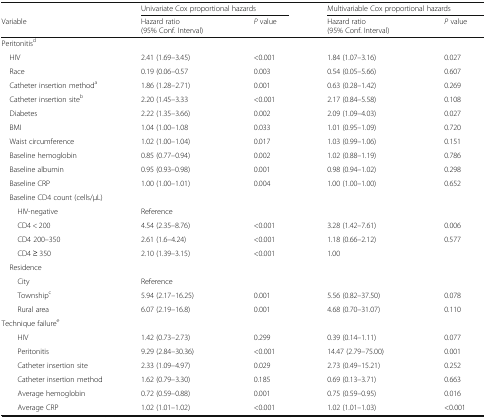
<table><thead><tr><td></td><td colspan="2"><b>Univariate Cox proportional hazards</b></td><td colspan="2"><b>Multivariable Cox proportional hazards</b></td></tr><tr><td><b>Variable</b></td><td><b>Hazard ratio(95% Conf. Interval)</b></td><td><b><i>P</i> value</b></td><td><b>Hazard ratio(95% Conf. Interval)</b></td><td><b><i>P</i> value</b></td></tr></thead><tbody><tr><td colspan="5">Peritonitis<sup>d</sup></td></tr><tr><td> HIV</td><td>2.41 (1.69–3.45)</td><td>&lt;0.001</td><td>1.84 (1.07–3.16)</td><td>0.027</td></tr><tr><td> Race</td><td>0.19 (0.06–0.57</td><td>0.003</td><td>0.54 (0.05–5.66)</td><td>0.607</td></tr><tr><td> Catheter insertion method<sup>a</sup></td><td>1.86 (1.28–2.71)</td><td>0.001</td><td>0.63 (0.28–1.42)</td><td>0.269</td></tr><tr><td> Catheter insertion site<sup>b</sup></td><td>2.20 (1.45–3.33</td><td>&lt;0.001</td><td>2.17 (0.84–5.58)</td><td>0.108</td></tr><tr><td> Diabetes</td><td>2.22 (1.35–3.66)</td><td>0.002</td><td>2.09 (1.09–4.03)</td><td>0.027</td></tr><tr><td> BMI</td><td>1.04 (1.00–1.08</td><td>0.033</td><td>1.01 (0.95–1.09)</td><td>0.720</td></tr><tr><td> Waist circumference</td><td>1.02 (1.00–1.04)</td><td>0.017</td><td>1.03 (0.99–1.06)</td><td>0.151</td></tr><tr><td> Baseline hemoglobin</td><td>0.85 (0.77–0.94)</td><td>0.002</td><td>1.02 (0.88–1.19)</td><td>0.786</td></tr><tr><td> Baseline albumin</td><td>0.95 (0.93–0.98)</td><td>0.001</td><td>0.98 (0.94–1.02)</td><td>0.298</td></tr><tr><td> Baseline CRP</td><td>1.00 (1.00–1.01)</td><td>0.004</td><td>1.00 (1.00–1.00)</td><td>0.652</td></tr><tr><td colspan="5"> Baseline CD4 count (cells/μL)</td></tr><tr><td>HIV-negative</td><td>Reference</td><td></td><td colspan="2"></td></tr><tr><td>CD4 &lt; 200</td><td>4.54 (2.35–8.76)</td><td>&lt;0.001</td><td>3.28 (1.42–7.61)</td><td>0.006</td></tr><tr><td>CD4 200–350</td><td>2.61 (1.6–4.24)</td><td>&lt;0.001</td><td>1.18 (0.66–2.12)</td><td>0.577</td></tr><tr><td>CD4 ≥ 350</td><td>2.10 (1.39–3.15)</td><td>&lt;0.001</td><td>1.00</td><td></td></tr><tr><td colspan="5"> Residence</td></tr><tr><td>City</td><td>Reference</td><td></td><td colspan="2"></td></tr><tr><td>Township<sup>c</sup></td><td>5.94 (2.17–16.25)</td><td>0.001</td><td>5.56 (0.82–37.50)</td><td>0.078</td></tr><tr><td>Rural area</td><td>6.07 (2.19–16.8)</td><td>0.001</td><td>4.68 (0.70–31.07)</td><td>0.110</td></tr><tr><td colspan="5">Technique failure<sup>e</sup></td></tr><tr><td>HIV</td><td>1.42 (0.73–2.73)</td><td>0.299</td><td>0.39 (0.14–1.11)</td><td>0.077</td></tr><tr><td>Peritonitis</td><td>9.29 (2.84–30.36)</td><td>&lt;0.001</td><td>14.47 (2.79–75.00)</td><td>0.001</td></tr><tr><td>Catheter insertion site</td><td>2.33 (1.09–4.97)</td><td>0.029</td><td>2.73 (0.49–15.21)</td><td>0.252</td></tr><tr><td>Catheter insertion method</td><td>1.62 (0.79–3.30)</td><td>0.185</td><td>0.69 (0.13–3.71)</td><td>0.663</td></tr><tr><td>Average hemoglobin</td><td>0.72 (0.59–0.88)</td><td>0.001</td><td>0.75 (0.59–0.95)</td><td>0.016</td></tr><tr><td>Average CRP</td><td>1.02 (1.01–1.02)</td><td>&lt;0.001</td><td>1.02 (1.01–1.03)</td><td>&lt;0.001</td></tr></tbody></table>